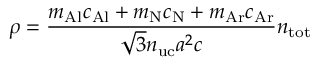
\rho = \frac { m _ { \mathrm { A l } } c _ { \mathrm { A l } } + m _ { \mathrm { N } } c _ { \mathrm { N } } + m _ { \mathrm { A r } } c _ { \mathrm { A r } } } { \sqrt { 3 } n _ { \mathrm { u c } } a ^ { 2 } c } n _ { \mathrm { t o t } }